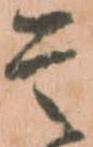
是